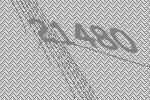
21480